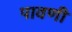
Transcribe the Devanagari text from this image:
पावणी